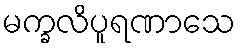
မက္ခလိပူရဏာသေ